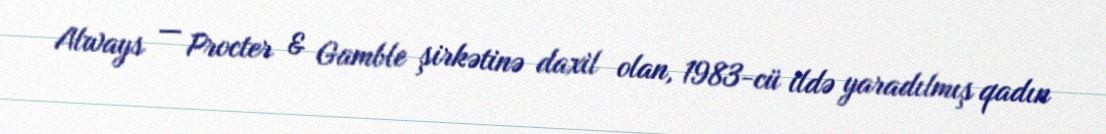
Always — Procter & Gamble şirkətinə daxil olan, 1983-cü ildə yaradılmış qadın